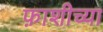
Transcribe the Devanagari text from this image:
फ़ाशीच्या